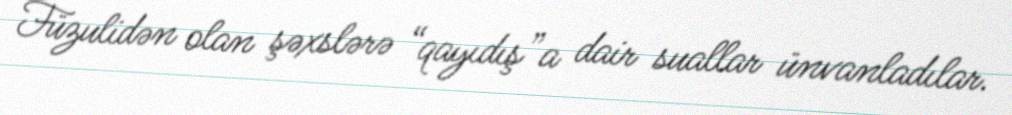
Füzulidən olan şəxslərə “qayıdış”a dair suallar ünvanladılar.